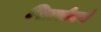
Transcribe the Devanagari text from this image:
पितर्सबर्ग